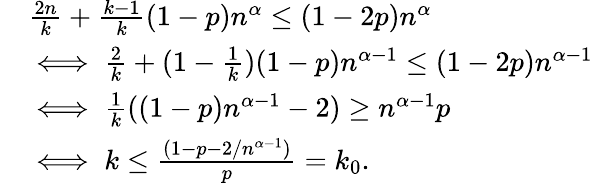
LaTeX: \begin{array}{rl}&{\frac{2n}{k}+\frac{k-1}{k}(1-p)n^{\alpha}\leq(1-2p)n^{\alpha}}\\ &{\iff\frac{2}{k}+(1-\frac{1}{k})(1-p)n^{\alpha-1}\leq(1-2p)n^{\alpha-1}}\\ &{\iff\frac{1}{k}((1-p)n^{\alpha-1}-2)\geq n^{\alpha-1}p}\\ &{\iff k\leq\frac{(1-p-2/n^{\alpha-1})}{p}=k_{0}.}\end{array}